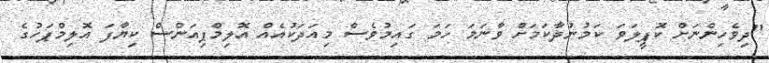
"ދިވެހިންނަށް ކޮޕީލަވަ ކަމުނުދާކަމަށް ވާނަމަ ހަމަ ގައިމުވެސް މިއަދަކުއެއް އޮލިމްޕިއަންސް ކިޔާފަ އޮލިމްޕަހުގެ